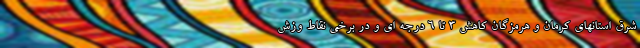
شرق استانهای کرمان و هرمزگان کاهش ۳ تا ۶ درجه ای و در برخی نقاط وزش